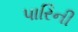
પારિની